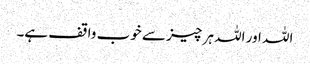
اللہ اور اللہ ہر چیز سے خوب واقف ہے۔